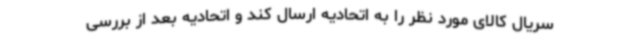
سریال کالای مورد نظر را به اتحادیه ارسال کند و اتحادیه بعد از بررسی